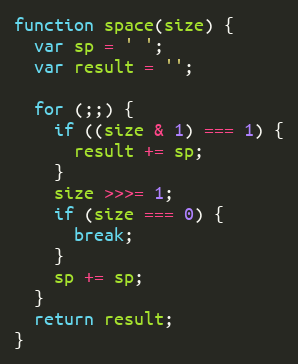
Language: JavaScript
function space(size) {
  var sp = ' ';
  var result = '';

  for (;;) {
    if ((size & 1) === 1) {
      result += sp;
    }
    size >>>= 1;
    if (size === 0) {
      break;
    }
    sp += sp;
  }
  return result;
}